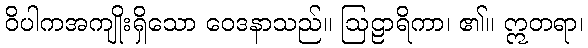
ဝိပါကအကျိုးရှိသော ဝေဒနာသည်။ ဩဠာရိကာ၊ ၏။ ဣတရာ၊